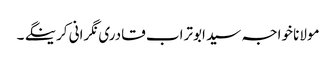
مولانا خواجہ سید ابوتراب قادری نگرانی کرینگے ۔